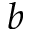
b